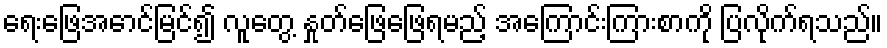
ရေးဖြေအောင်မြင်၍ လူတွေ့ နှုတ်ဖြေဖြေရမည့် အကြောင်းကြားစာကို ပြလိုက်ရသည်။